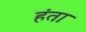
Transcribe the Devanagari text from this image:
हंता